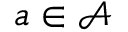
a \in \mathcal { A }